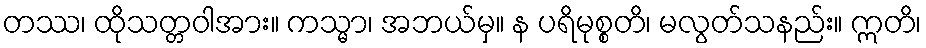
တဿ၊ ထိုသတ္တဝါအား။ ကသ္မာ၊ အဘယ်မှ။ န ပရိမုစ္စတိ၊ မလွတ်သနည်း။ ဣတိ၊